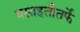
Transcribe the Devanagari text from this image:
वसाहतीतर्फे